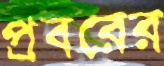
প্রবরের